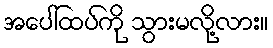
အပေါ်ထပ်ကို သွားမလို့လား။